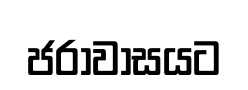
ජරාවාසයට